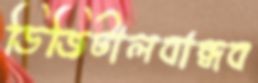
ডিজিটালবান্ধব